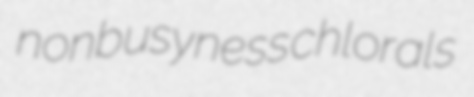
nonbusyness chlorals